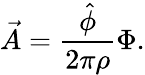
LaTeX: \vec{A}=\frac{\hat{\phi}}{2\pi\rho}\Phi.